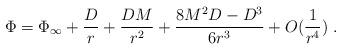
LaTeX: \begin{align*}\Phi = \Phi_{\infty} + \frac{D}{r} + \frac{DM}{r^2} +\frac{8M^2 D - D^3}{6r^3} + O(\frac{1}{r^4})\; .\end{align*}